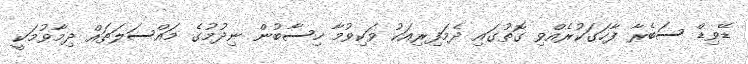
ޑޭވިޑް ސަބެރާ ފާހަގަކުރެއްވި ގޮތުގައި ދެމަފިރިއަކު ވަކިވުމާ ހިސާބުން ނިދުމުގެ މައްސަލަތައް ދިމާވުމަކީ